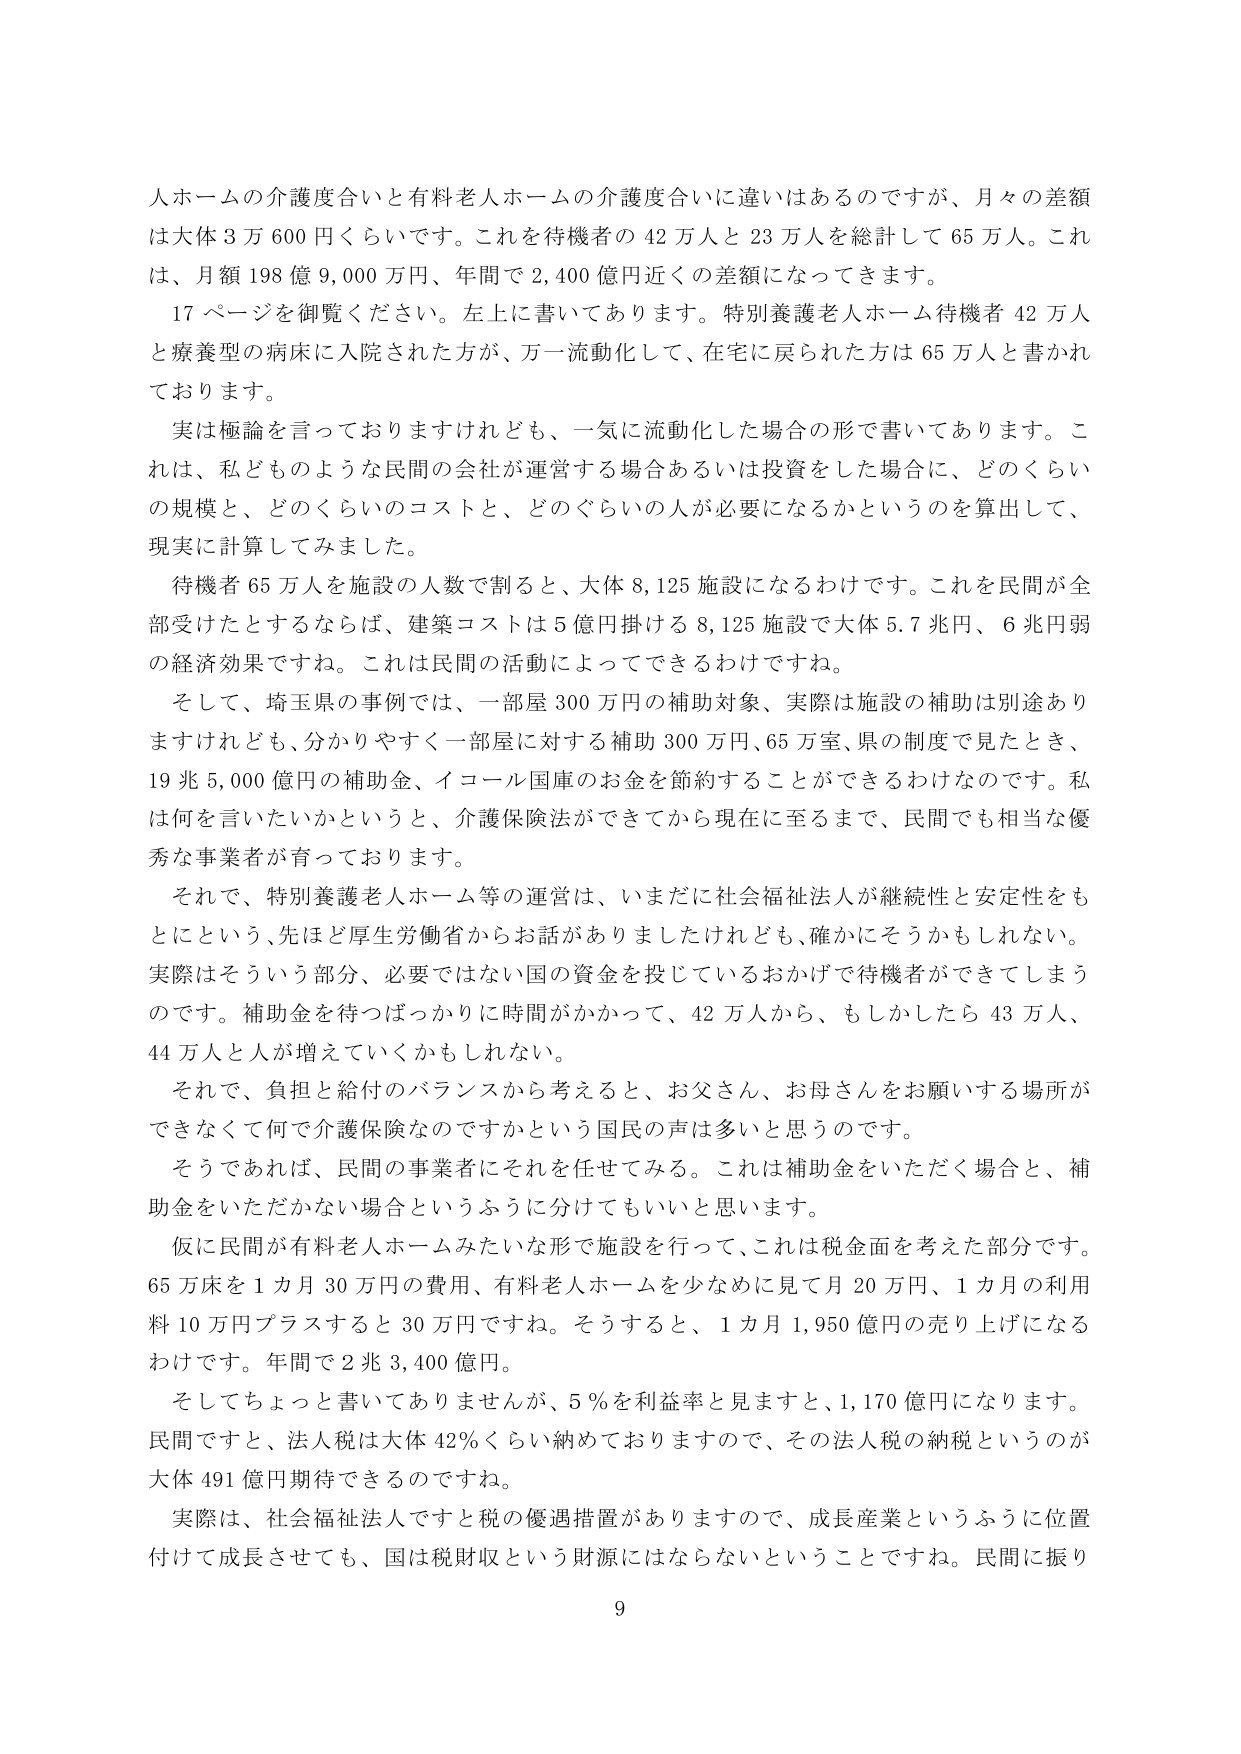
人ホームの介護度合いと有料老人ホームの介護度合いに違いはあるのですが、月々の差額は大体3万600円くらいです。これを待機者の42万人と23万人を総計して65万人。これは、月額198億9,000万円、年間で2,400億円近くの差額になってきます。

17ページを御覧ください。左上に書いてあります。特別養護老人ホーム待機者42万人と療養型の病床に入院された方が、万一流動化して、在宅に戻られた方は65万人と書かれております。

実は極論を言っておりますけれども、一気に流動化した場合の形で書いてあります。これは、私どものような民間の会社が運営する場合あるいは投資をした場合に、どのくらいの規模と、どのくらいのコストと、どのぐらいの人が必要になるかというのを算出して、現実に計算してみました。

待機者65万人を施設の人数で割ると、大体8,125施設になるわけです。これを民間が全部受けたとするならば、建築コストは5億円掛ける8,125施設で大体5.7兆円、6兆円弱の経済効果ですね。これは民間の活動によってできるわけです。

そして、埼玉県の事例では、一部屋300万円の補助対象、実際は施設の補助は別途ありますけれども、分かりやすく一部屋に対する補助300万円、65万室、県の制度で見たとき、19兆5,000億円の補助金、イコール国庫のお金を節約することができるわけなのです。私は何を言いたいかというと、介護保険法ができてから現在に至るまで、民間でも相当な優秀な事業者が育っております。

それで、特別養護老人ホーム等の運営は、いまだに社会福祉法人が継続性と安定性をもとにという、先ほど厚生労働省からお話がありましたけれども、確かにそうかもしれない。実際はそういう部分、必要ではない国の資金を投じているおかげで待機者ができてしまうのです。補助金を待つばかりに時間がかかって、42万人から、もしかしたら43万人、44万人と人が増えていくかもしれない。

それで、負担と給付のバランスから考えると、お父さん、お母さんをお願いする場所ができなくて何で介護保険なのですかという国民の声は多いと思うのです。

そうであれば、民間の事業者にそれを任せてみる。これは補助金をいただく場合と、補助金をいただかない場合というふうに分けてもいいと思います。

仮に民間が有料老人ホームみたいな形で施設を行って、これは税金面を考えた部分です。65万床を1カ月30万円の費用、有料老人ホームを少なめに見て月20万円、1カ月の利用料10万円プラスすると30万円ですね。そうすると、1カ月1,950億円の売り上げになるわけです。年間で2兆3,400億円。

そしてちょっと書いてありませんが、5％を利益率と見ますと、1,170億円になります。民間ですと、法人税は大体42％くらい納めておりますので、その法人税の納税というのが大体491億円期待できるのですね。

実際は、社会福祉法人ですと税の優遇措置がありますので、成長産業というふうに位置付けて成長させても、国は税財収という財源にはならないということですね。民間に振り

9